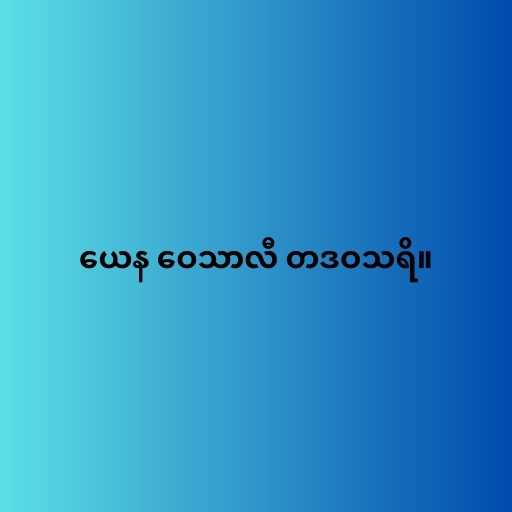
ယေန ဝေသာလီ တဒဝသရိ။